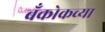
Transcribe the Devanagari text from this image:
बँकोकच्या